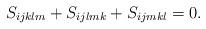
LaTeX: \begin{align*}& S_{ijklm}+S_{ijlmk}+S_{ijmkl}=0.\end{align*}